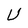
Character: U